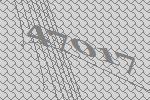
47017